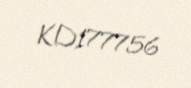
KD177756